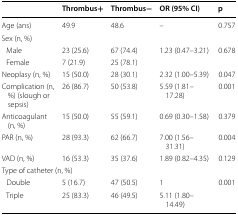
|  | Thrombus+ | Thrombus− | OR (95% CI) | p |
 | --- | --- | --- | --- | --- |
 | Age (ans) | 49.9 | 48.6 | – | 0.757 |
 | <COLSPAN=5> Sex (n, %) |
 | Male | 23 (25.6) | 67 (74.4) | <ROWSPAN=2> 1.23 (0.47–3.21) | <ROWSPAN=2> 0.678 |
 | Female | 7 (21.9) | 25 (78.1) |
 | Neoplasy (n, %) | 15 (50.0) | 28 (30.1) | 2.32 (1.00–5.39) | 0.047 |
 | Complication (n, %) (slough or sepsis) | 26 (86.7) | 50 (53.8) | 5.59 (1.81–17.28) | 0.001 |
 | Anticoagulant (n, %) | 15 (50.0) | 55 (59.1) | 0.69 (0.30–1.58) | 0.379 |
 | PAR (n, %) | 28 (93.3) | 62 (66.7) | 7.00 (1.56–31.31) | 0.004 |
 | VAD (n, %) | 16 (53.3) | 35 (37.6) | 1.89 (0.82–4.35) | 0.129 |
 | <COLSPAN=5> Type of catheter (n, %) |
 | Double | 5 (16.7) | 47 (50.5) | 1 | 0.001 |
 | Triple | 25 (83.3) | 46 (49.5) | 5.11 (1.80–14.49) |  |